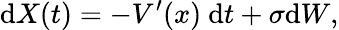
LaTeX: \mathrm dX(t)=-V^{\prime}(x)\ \mathrm dt+\sigma\mathrm dW,